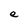
Character: e